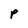
Character: P